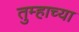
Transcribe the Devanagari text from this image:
तुम्हाच्या